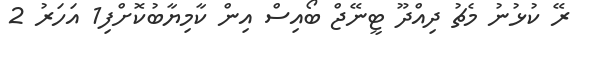
ރޭ ކުޅުނު މެޗު ދިއްދޫ ޓީނޭޖް ބޯއިސް އިން ކާމިޔާބުކޮށްފި1 އަހަރު 2